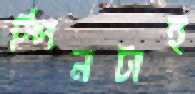
স্পিনটাই